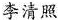
李清照